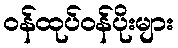
ဝန်ထုပ်ဝန်ပိုးများ